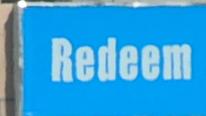
redeem